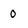
Character: 0